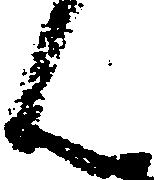
ん